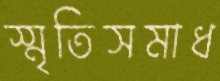
স্মৃতিসমাধ